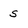
Character: s